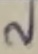
Text: 2